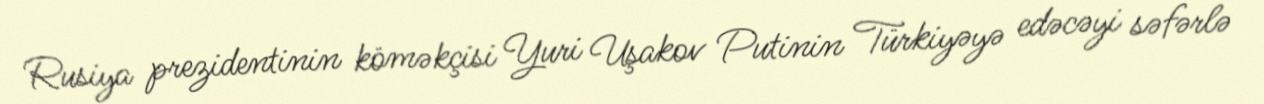
Rusiya prezidentinin köməkçisi Yuri Uşakov Putinin Türkiyəyə edəcəyi səfərlə